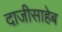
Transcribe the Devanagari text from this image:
दाजीसाहेब